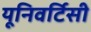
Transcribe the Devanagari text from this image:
यूनिवर्टिसी